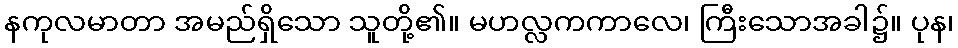
နကုလမာတာ အမည်ရှိသော သူတို့၏။ မဟလ္လကကာလေ၊ ကြီးသောအခါ၌။ ပုန၊